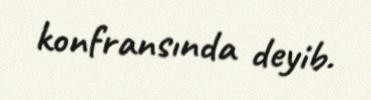
konfransında deyib.